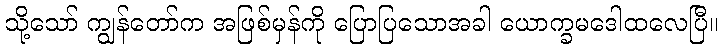
သို့သော် ကျွန်တော်က အဖြစ်မှန်ကို ပြောပြသောအခါ ယောက္ခမဒေါထလေပြီ။